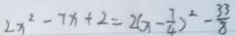
2 x ^ { 2 } - 7 x + 2 = 2 ( x - \frac { 7 } { 4 } ) ^ { 2 } - \frac { 3 3 } { 8 }